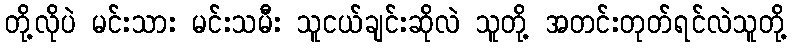
တို့လိုပဲ မင်းသား မင်းသမီး သူငယ်ချင်းဆိုလဲ သူတို့ အတင်းတုတ်ရင်လဲသူတို့